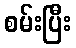
စမ်းပြီး